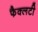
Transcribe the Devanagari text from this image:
फैक्‍लटी